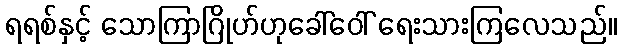
ရရစ်နှင့် သောကြာဂြိုဟ်ဟုခေါ်ဝေါ် ရေးသားကြလေသည်။